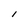
Character: l